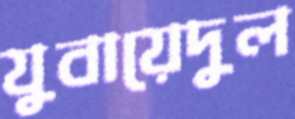
যুবায়েদুল